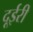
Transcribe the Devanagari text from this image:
दूईरी